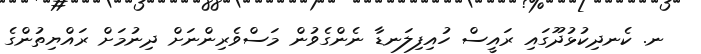
ނ. ކެނދިކުޅުދޫގައި ރައީސް ހުއިފިލަނޑާ ނެންގެވުން މަސްވެރިންނަށް ދިނުމަށް ރައްޔިތުންގެ